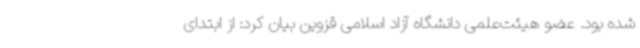
شده بود. عضو هیئت‌علمی دانشگاه آزاد اسلامی قزوین بیان کرد: از ابتدای